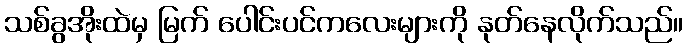
သစ်ခွအိုးထဲမှ မြက် ပေါင်းပင်ကလေးများကို နုတ်နေလိုက်သည်။